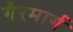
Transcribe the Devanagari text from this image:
गैरमार्ग